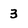
Character: 3